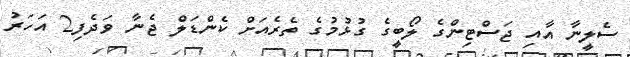
ސެލީނާ އާއި ޖަސްޓިންގެ ލޯބީގެ ގުޅުމުގެ ތެރެއަށް ކެންޑަލް ޖެނާ ވަދެފި2 އަހަރު